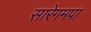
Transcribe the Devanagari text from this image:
सारेगमपा